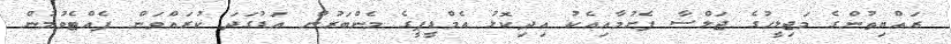
ރައްޔިތުންގެ މަޖިލީހުގެ ޖަލްސާ ފެށުމާއިއެކު އިދިކޮޅު އެމްޑީޕީގެ މެންބަރުން އަޑުގަދަ ކުރައްވަން ފެއްޓެވުމުން